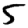
Digit: 5